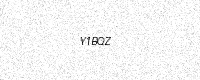
Text: Y1BQZ